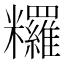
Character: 𥽺